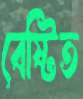
বেষ্টিত